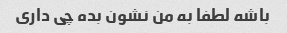
باشه لطفا به من نشون بده چی داری